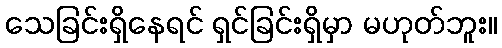
သေခြင်းရှိနေရင် ရှင်ခြင်းရှိမှာ မဟုတ်ဘူး။